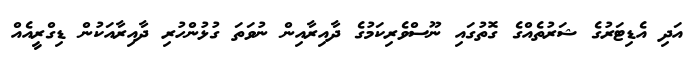
އަދި އެޑިޓަރުގެ ޝަރުތެއްގެ ގޮތުގައި ނޫސްވެރިކަމުގެ ދާއިރާއިން ނުވަތަ ގުޅުންހުރި ދާއިރާއަކުން ޑިގްރީއެއް